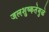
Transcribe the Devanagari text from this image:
जलशुष्कतेमुळे